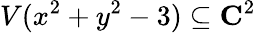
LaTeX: V(x^{2}+y^{2}-3)\subseteq\mathbf{C}^{2}